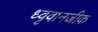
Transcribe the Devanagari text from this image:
ध्वृवानजीक